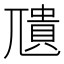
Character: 𮱣